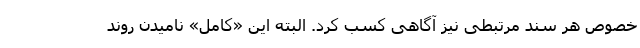
خصوص هر سند مرتبطی نیز آگاهی کسب کرد. البته این «کامل» نامیدن روند